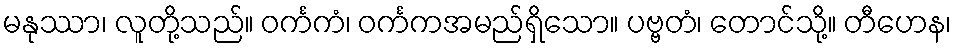
မနုဿာ၊ လူတို့သည်။ ဝင်္ကကံ၊ ဝင်္ကကအမည်ရှိသော။ ပဗ္ဗတံ၊ တောင်သို့။ တီဟေန၊